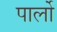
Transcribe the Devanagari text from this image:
पार्लो